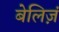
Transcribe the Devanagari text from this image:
बेलिज़ं